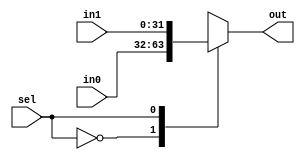
module Mux2to1 (sel, in0, in1, out);
	input sel;
	input [31:0] in0, in1;
	output [31:0] out;
	
	reg [31:0] out;
	
	always @(*) begin
		case(sel)
			1'b0: begin
				out <= in0;
			end
			1'b1: begin
				out <= in1;
			end
		endcase
	end
endmodule